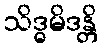
သိဒ္ဓမိဒန္တိ